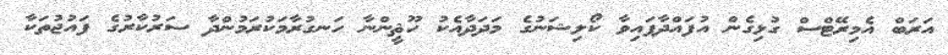
އަރަބް އެމިރޭޓްސް ގުޅިގެން އުފައްދާފައިވާ ކޯލިޝަނުގެ މަދަދާއެކު ހޫޘީންނާ ހަނގުރާމަކުރަމުންދާ ސަރުކާރުގެ ފައުޖުތަކާ